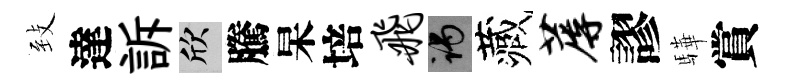
𦤺達訴欣騰杲培飞谒藏蓐謬驊賞